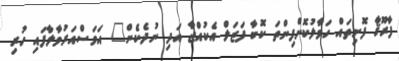
ފާރޫޤާ ފޮށިތައް ހަވާލުކޮށްފިންތަ ކޮބާ ފަޒަލް އެކުއްޖާ އަދި ނުދެކެން" އަވަސްއަރުވާލާފައި ހުރި